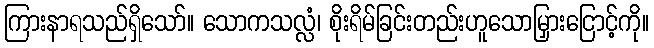
ကြားနာရသည်ရှိသော်။ သောကသလ္လံ၊ စိုးရိမ်ခြင်းတည်းဟူသောမြှားငြောင့်ကို။